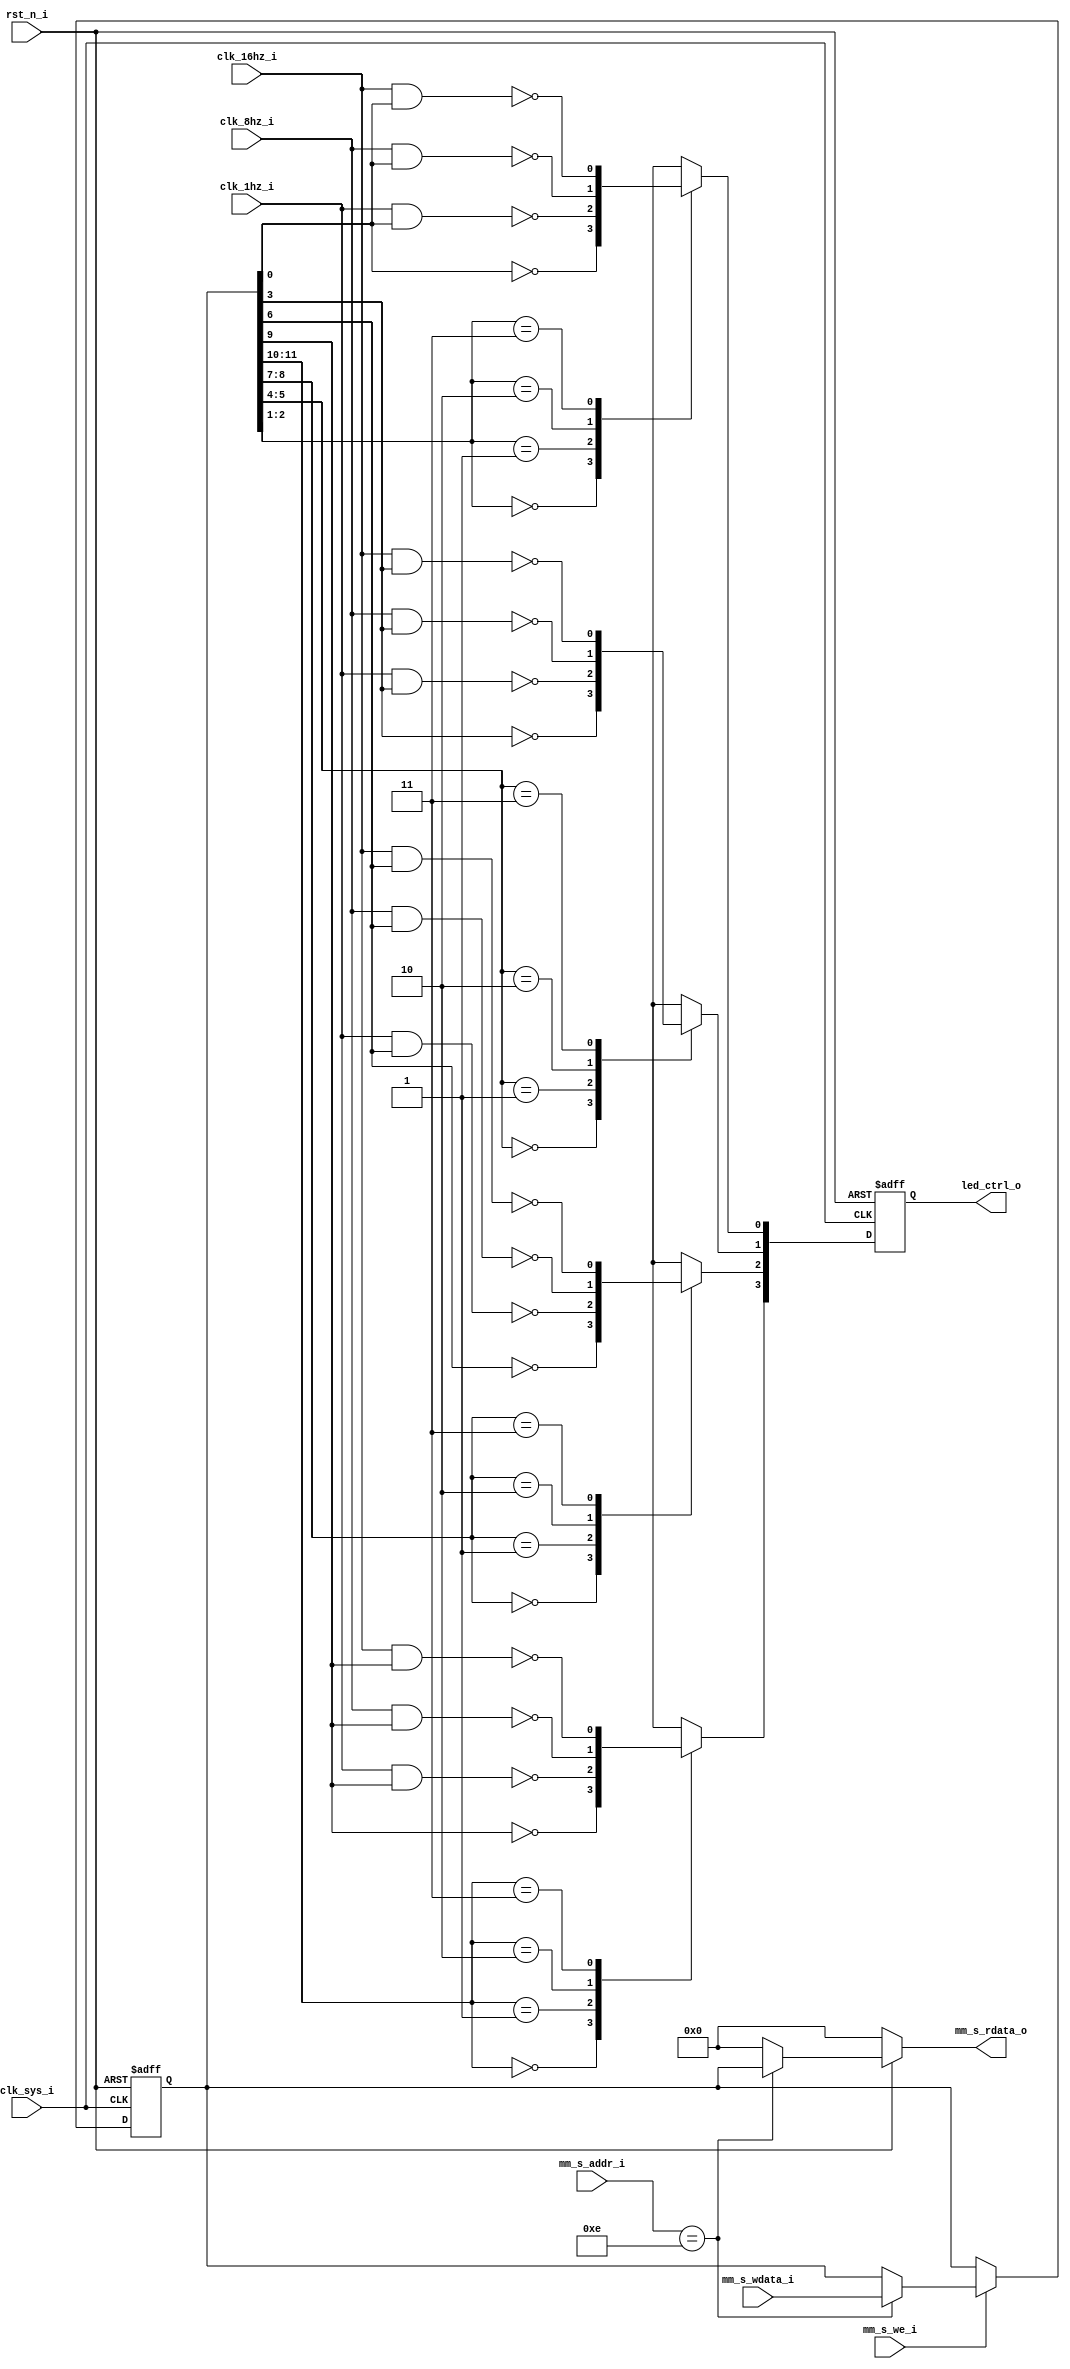
/*
 *  LED Controller
 *
 *  Copyright (C) 2018, Xiaohai Li (haixiaolee@gmail.com), All Rights Reserved
 *  This program is lincensed under Apache-2.0/GPLv3 dual-license
 *
 *  This program is distributed in the hope that it will be useful,
 *  but WITHOUT ANY WARRANTY; without even the implied warranty of
 *  MERCHANTABILITY or FITNESS FOR A PARTICULAR PURPOSE.  See the
 *  Apache-2.0 License and GNU General Public License for more details.
 *
 *  You may obtain a copy of Apache-2.0 License at
 *
 *  http://www.apache.org/licenses/LICENSE-2.0
 * 
 *  And GPLv3 License at
 *
 *  http://www.gnu.org/licenses
 *
 */

module led_ctrl(
// Global Clock and Reset
clk_sys_i,
rst_n_i,

// Memory Mapped Bus Slave Interface
mm_s_addr_i,
mm_s_wdata_i,
mm_s_rdata_o,
mm_s_we_i,

// Blink Control Clocks
clk_16hz_i,
clk_8hz_i,
clk_1hz_i,

// LED Signals
led_ctrl_o
//led_debug_o
);

/***************************************************
 LED Controller Parameters
***************************************************/
parameter MM_ADDR_WIDTH = 8;
parameter MM_DATA_WIDTH = 16;
// S3: LED Controller
parameter REG_ADDR_LED_CTRL = 'h0E;

//LED Blink Speed Definition
parameter BLINK_STOP = 2'b00;
parameter BLINK_SLOW = 2'b01;
parameter BLINK_MID  = 2'b10;
parameter BLINK_FAST = 2'b11;

//---------- Global Clock and Reset -----------
input clk_sys_i, rst_n_i;

//---------- Master Interface Signals -----------
// Address and Data Bus
input[MM_ADDR_WIDTH-1:0] mm_s_addr_i;
input[MM_DATA_WIDTH-1:0] mm_s_wdata_i;
output[MM_DATA_WIDTH-1:0] mm_s_rdata_o;
// Bus Control
input mm_s_we_i;

//---------- LED Control Signals -----------
output[3:0]	led_ctrl_o;//, led_debug_o;

input clk_16hz_i, clk_8hz_i, clk_1hz_i;

//---------- Internal Regs -----------
reg[15:0] led_ctrl_reg;
reg[MM_DATA_WIDTH-1:0] mm_s_rdata_o; 

reg[3:0] led_ctrl_o;
//wire[3:0] led_debug_o;

/***************************************************
 LED Control Functions
***************************************************/
// MM Write Function
always @(posedge clk_sys_i, negedge rst_n_i)
begin
	if(!rst_n_i) begin
		led_ctrl_reg <= 0;
	end
	else if(mm_s_we_i) begin
		case(mm_s_addr_i)
			REG_ADDR_LED_CTRL:
			begin
				led_ctrl_reg <= mm_s_wdata_i;
			end
			default:
				led_ctrl_reg <= led_ctrl_reg;
		endcase
	end
end

// MM Read Function
always @(mm_s_addr_i, led_ctrl_reg, rst_n_i)
begin
	if(!rst_n_i) begin
		mm_s_rdata_o <= 0;
	end
	else begin
		case(mm_s_addr_i)
			REG_ADDR_LED_CTRL:
				mm_s_rdata_o <= led_ctrl_reg;
			default:
				mm_s_rdata_o <= 0;
		endcase
	end
end

// LED Blink Logic
always @(posedge clk_sys_i, negedge rst_n_i)
begin
	if(!rst_n_i) begin
		led_ctrl_o <= 4'b1111;
	end
	else begin		
		case(led_ctrl_reg[2:1])
			BLINK_STOP:
				led_ctrl_o[0] <= ~led_ctrl_reg[0];
			BLINK_SLOW:
				led_ctrl_o[0] <= ~(clk_1hz_i & led_ctrl_reg[0]);
			BLINK_MID:
				led_ctrl_o[0] <= ~(clk_8hz_i & led_ctrl_reg[0]);
			BLINK_FAST:
				led_ctrl_o[0] <= ~(clk_16hz_i & led_ctrl_reg[0]);
		endcase		
		
		case(led_ctrl_reg[5:4])
			BLINK_STOP:
				led_ctrl_o[1] <= ~led_ctrl_reg[3];
			BLINK_SLOW:
				led_ctrl_o[1] <= ~(clk_1hz_i & led_ctrl_reg[3]);
			BLINK_MID:
				led_ctrl_o[1] <= ~(clk_8hz_i & led_ctrl_reg[3]);
			BLINK_FAST:
				led_ctrl_o[1] <= ~(clk_16hz_i & led_ctrl_reg[3]);
		endcase	
		
		case(led_ctrl_reg[8:7])
			BLINK_STOP:
				led_ctrl_o[2] <= ~led_ctrl_reg[6];
			BLINK_SLOW:
				led_ctrl_o[2] <= ~(clk_1hz_i & led_ctrl_reg[6]);
			BLINK_MID:
				led_ctrl_o[2] <= ~(clk_8hz_i & led_ctrl_reg[6]);
			BLINK_FAST:
				led_ctrl_o[2] <= ~(clk_16hz_i & led_ctrl_reg[6]);
		endcase	
		
		case(led_ctrl_reg[11:10])
			BLINK_STOP:
				led_ctrl_o[3] <= ~led_ctrl_reg[9];
			BLINK_SLOW:
				led_ctrl_o[3] <= ~(clk_1hz_i & led_ctrl_reg[9]);
			BLINK_MID:
				led_ctrl_o[3] <= ~(clk_8hz_i & led_ctrl_reg[9]);
			BLINK_FAST:
				led_ctrl_o[3] <= ~(clk_16hz_i & led_ctrl_reg[9]);
		endcase			
	end
end

//// Debug LED Logic
//assign led_debug_o = ~led_ctrl_reg[15:12];

endmodule